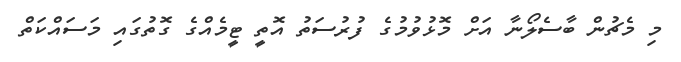
މި މެޗުން ބާސެލޯނާ އަށް މޮޅުވުމުގެ ފުރުސަތު އޮތީ ޓީމެއްގެ ގޮތުގައި މަސައްކަތް